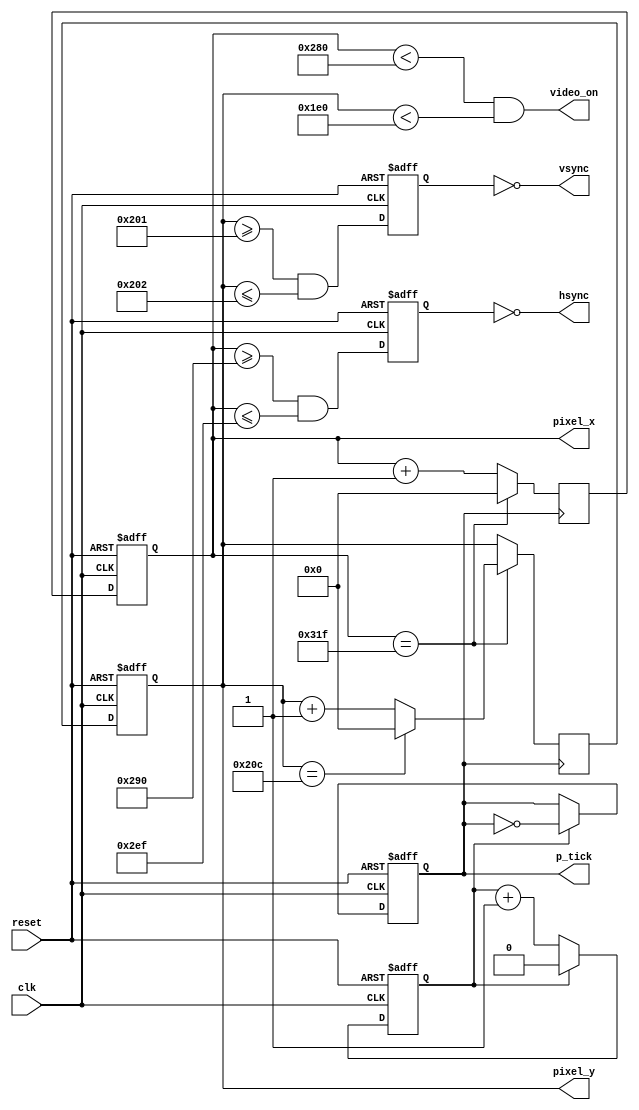
`timescale 1ns / 1ps
//////////////////////////////////////////////////////////////////////////////////
// Company: 
// 
// Design Name: 
// Module Name:    timing_generator_VGA 
// Project Name: 
// Target Devices: 
// Tool versions: 
// Description:
//
// Dependencies: 
//
// Revision: 
// Revision 0.01 - File Created
// Additional Comments: 
//
//////////////////////////////////////////////////////////////////////////////////
module timing_generator_VGA
(
input wire clk,reset,
output wire hsync,vsync,video_on,p_tick,
output wire [9:0] pixel_x, pixel_y
);

//Declaracin de constantes

//Parmetros para VGA 640x480 
localparam HD = 640;//rea de despliegue horizontal
localparam HF = 48;// borde izquierdo horizontal
localparam HB = 16;//borde derecho horizontal(16)
localparam HR = 96;//retraso horizontal
localparam VD = 480;//rea de despliegue vertical
localparam VF = 10;//borde superior vertical
localparam VB = 33;//borde inferior vertical
localparam VR = 2;//retraso vertical

//Contadores

//Contador para la divisin de frecuencia (100 MHz a 25 MHz)
//reg mod2_reg;
//wire mod2_next;

reg cuenta, CV;

//Contadores de "timing" vertical y horizontal
reg[9:0] h_count_reg, h_count_next;
reg[9:0] v_count_reg, v_count_next;
reg h_sync_reg, v_sync_reg;
wire h_sync_next, v_sync_next;

//Seales de status
wire h_end, v_end; 
wire pixel_tick;

//Definicin de comportamiento

//Registros
always @(posedge clk, posedge reset)
begin
if(reset)
	begin
	//mod2_reg <= 1'b0;
	h_count_reg <= 0;
	v_count_reg <= 0;
	h_sync_reg <= 1'b0;
	v_sync_reg <= 1'b0;
	end

else
	begin
	//mod2_reg <= mod2_next;
	h_count_reg <= h_count_next;
	v_count_reg <= v_count_next;
	h_sync_reg <= h_sync_next;
	v_sync_reg <= v_sync_next;		
	end
end

//Para generar 25 MHz

always@(posedge clk, posedge reset)
begin

	if(reset)
	begin
	cuenta <= 0; 
	CV <= 0;
	end
	
	else
	begin
		if (cuenta == 1'b1)
			begin
			cuenta <= 0;
			CV <= ~CV;
			end
		else
			cuenta <= cuenta + 1'b1;
	end
end	
//assign mod2_next = ~mod2_reg;
assign pixel_tick = CV;


//Definicin seales de status

//Final del contador horizontal (799)
assign h_end = (h_count_reg == (HD+HF+HB+HR-1));

//Final contador vertical (524)
assign v_end = (v_count_reg == (VD+VF+VB+VR-1));

//Lgicas de estado siguiente de los contadores

//Contador horizontal
always@(negedge pixel_tick)
begin
	//if(pixel_tick) //pulso de 25 MHz	
		if(h_end)
		h_count_next = 0;
	
		else
		h_count_next = h_count_reg + 1'b1;
	
/*	else
	h_count_next = h_count_reg; //Mantiene la cuenta*/
end

//Contador vertical
always@(negedge pixel_tick)
begin
	//if(pixel_tick & h_end) //pulso de 25 MHz y final de fila
	if(h_end) //pulso de 25 MHz y final de fila
		
		if(v_end)
		v_count_next = 0;
	
		else
		v_count_next = v_count_reg + 1'b1;
	
	else
	v_count_next = v_count_reg; //Mantiene la cuenta
end

/*h_sync_next puesto en bajo para generar retraso
entre la cuentas 656 y 751*/
assign h_sync_next = (h_count_reg >= (HD+HB)&&
							 h_count_reg <=(HD+HB+HR-1));

/*v_sync_next puesto en bajo para generar retraso
entre la cuentas 490 y 491*/
assign v_sync_next = (v_count_reg >= (VD+VB)&&
							 v_count_reg <=(VD+VB+VR-1));

//Asignacin de salidas

//Para generar seal video on/off
assign video_on = (h_count_reg < HD) && (v_count_reg < VD); //Para mantener una forma de saber si el pixel est en la regin visible
assign hsync = ~h_sync_reg;
assign vsync = ~v_sync_reg;
assign pixel_x = h_count_reg; //Coordenada x
assign pixel_y = v_count_reg; //Coordenada y
assign p_tick = pixel_tick; //Ayuda a coordinar la creacin de imgenes (mdulo de generacin de pxeles)

endmodule

/*Notas: 
1. La frecuencia del "timing" vertical
define el tiempo de refresco de la pantalla
(30 fps, 60 fps,etc)
2. 25 MHz es la frecuencia de escritura de cada
pxel (pixel_clk)
3.video_on debe tener un perodo igual al que corresponde escribir sobre la regin visible*/